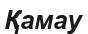
Қамау